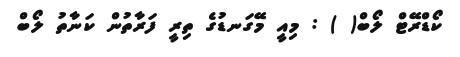
ކޯޑްރޭޓް ލޯބް( ) : މިއީ މޭގަނޑުގެ ތިރީ ފަރާތުން ކަނާތު ލޯބް